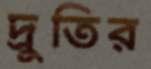
দ্রুতির